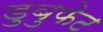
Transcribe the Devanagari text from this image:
डुबुफेट